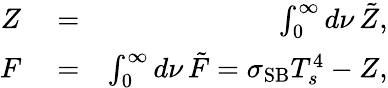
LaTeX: \begin{array}{rlr}{Z}&{{}=}&{\int_{0}^{\infty}d\nu\, \tilde{Z},}\\ {F}&{{}=}&{\int_{0}^{\infty}d\nu\, \tilde{F}=\sigma_{\mathrm{SB}}T_{s}^{4}-Z,}\end{array}